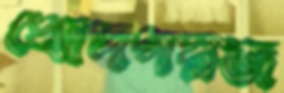
খোদগরজ